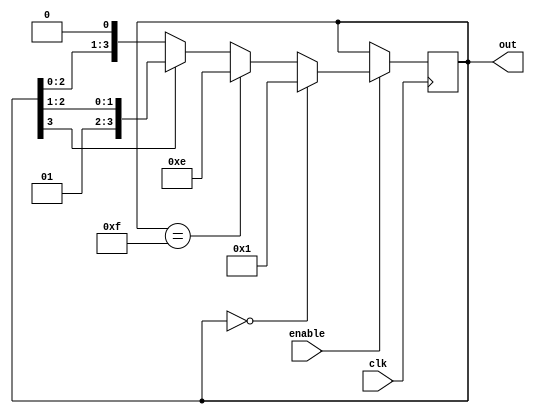
module Johnson_Counter_with_Enable (
    input wire clk,      // Clock signal
    input wire enable,   // Enable signal
    output reg [3:0] out // Output signal
);

reg [3:0] state;

always @(posedge clk) begin
    if (enable) begin
        if (state == 4'b0000)
            state <= 4'b0001;
        else if (state == 4'b1111)
            state <= 4'b1110;
        else if (state[3] == 1'b0)
            state <= state << 1;
        else
            state <= state >> 1;
    end
end

assign out = state;

endmodule